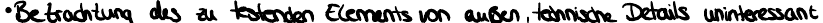
Betrachtung des zu testenden Elements von außen, technische Details uninteressant